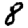
Digit: 8